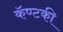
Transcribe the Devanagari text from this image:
कॅण्टकी